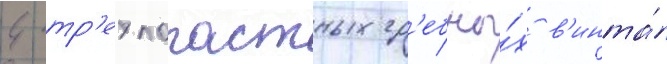
4 тр'ехлопастных гр'ебны́х в'инта́